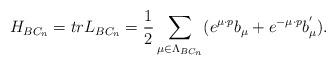
LaTeX: \begin{align*}H_{BC_{n}}=trL_{BC_{n}}=\frac{1}{2}\sum_{\mu \in \Lambda _{BC_{n}}}(e^{\mu\cdot p}b_{\mu }+e^{-\mu \cdot p}b_{\mu }^{^{\prime }}).\end{align*}